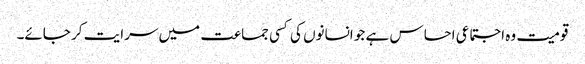
قومیت وہ اجتماعی احساس ہے جو انسانوں کی کسی جماعت میں سرایت کر جائے۔